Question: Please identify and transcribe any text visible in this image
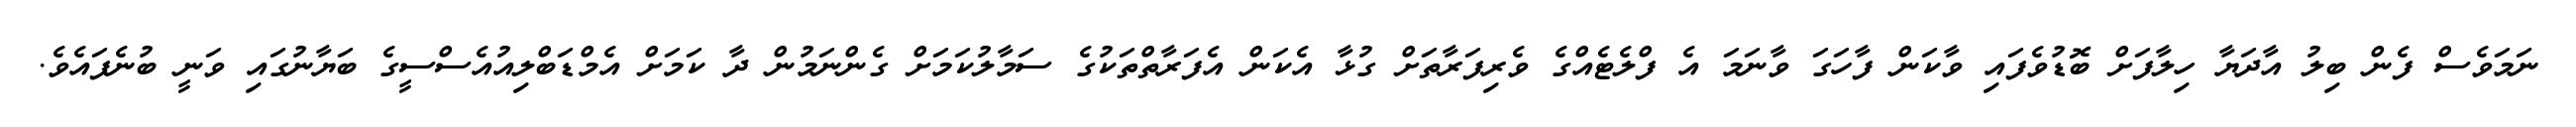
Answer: ނަމަވެސް ފެން ބިލު އާދަޔާ ހިލާފަށް ބޮޑުވެފައި ވާކަން ފާހަގަ ވާނަމަ އެ ފްލެޓެއްގެ ވެރިފަރާތަށް ގުޅާ އެކަން އެފަރާތްތަކުގެ ސަމާލުކަމަށް ގެންނަމުން ދާ ކަމަށް އެމްޑަބްލިއުއެސްސީގެ ބަޔާނުގައި ވަނީ ބުނެފައެވެ.